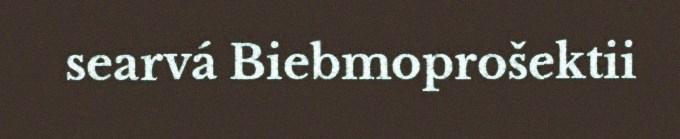
searvá Biebmoprošektii